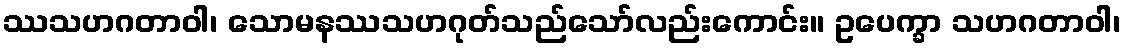
ဿသဟဂတာဝါ၊ သောမနဿသဟဂုတ်သည်သော်လည်းကောင်း။ ဥပေက္ခာ သဟဂတာဝါ၊